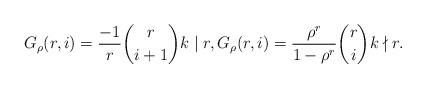
LaTeX: \begin{align*}G_\rho(r,i) = \frac{-1}{r}\binom{r}{i+1} k \mid r, G_\rho(r,i) = \frac{\rho^r}{1-\rho^r}\binom{r}{i} k \nmid r.\end{align*}